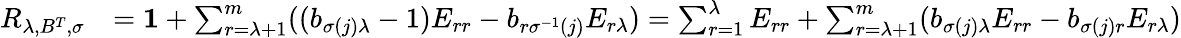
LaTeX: \begin{array}{rl}{R_{\lambda,B^{T},\sigma}}&{=\boldsymbol{1}+\sum_{r=\lambda+1}^{m}((b_{\sigma(j)\lambda}-1)E_{rr}-b_{r\sigma^{-1}(j)}E_{r\lambda})=\sum_{r=1}^{\lambda}E_{rr}+\sum_{r=\lambda+1}^{m}(b_{\sigma(j)\lambda}E_{rr}-b_{\sigma(j)r}E_{r\lambda})}\end{array}